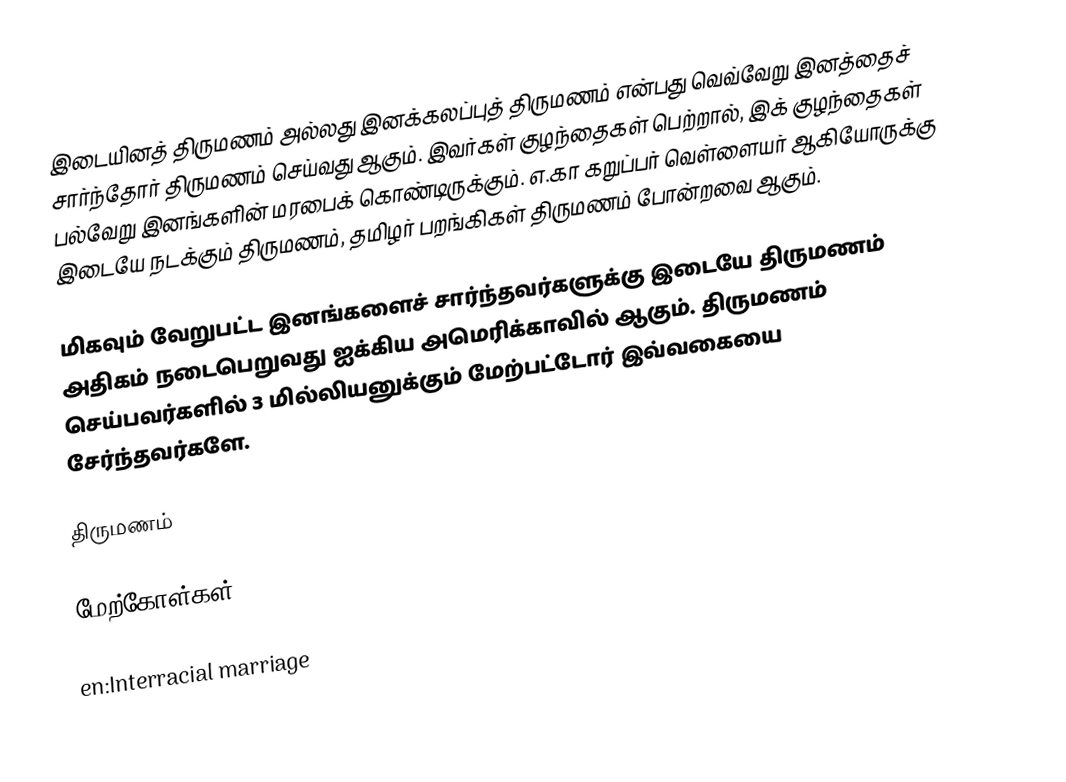
இடையினத் திருமணம் அல்லது இனக்கலப்புத் திருமணம் என்பது வெவ்வேறு இனத்தைச் சார்ந்தோர் திருமணம் செய்வது ஆகும்.  இவர்கள் குழந்தைகள் பெற்றால், இக் குழந்தைகள் பல்வேறு இனங்களின்  மரபைக் கொண்டிருக்கும்.  எ.கா கறுப்பர் வெள்ளையர் ஆகியோருக்கு இடையே நடக்கும் திருமணம், தமிழர் பறங்கிகள் திருமணம் போன்றவை ஆகும்.

மிகவும் வேறுபட்ட இனங்களைச் சார்ந்தவர்களுக்கு இடையே  திருமணம் அதிகம் நடைபெறுவது  ஐக்கிய அமெரிக்காவில் ஆகும்.  திருமணம் செய்பவர்களில்  3 மில்லியனுக்கும் மேற்பட்டோர் இவ்வகையை சேர்ந்தவர்களே.

திருமணம்

மேற்கோள்கள்

en:Interracial marriage